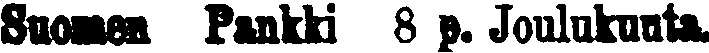
Suomea Pankki 8 p.. Joulukuuta.